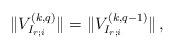
LaTeX: \begin{align*}\|V^{(k,q)}_{I_{r;i}}\|=\|V^{(k,q-1)}_{I_{r;i}}\|\,,\end{align*}